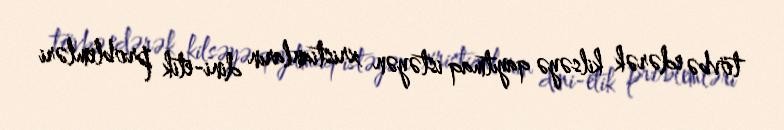
tövbə edərək kilsəyə qayıtmaq istəyən xristianların dini-etik problemləri